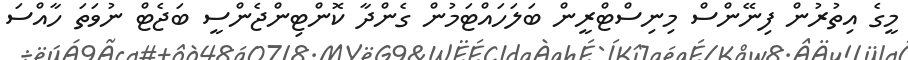
މީގެ އިތުރުން ފިނޭންސް މިނިސްޓްރީން ބަލަހައްޓަމުން ގެންދާ ކޮންޓިންޖެންސީ ބަޖެޓް ނުވަަތަ ހާއްސަ